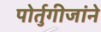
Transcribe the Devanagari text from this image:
पोर्तुगीजांने